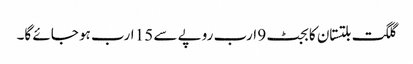
گلگت بلتستان کا بجٹ 9 ارب روپے سے 15 ارب ہو جائے گا۔